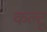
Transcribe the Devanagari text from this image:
कल्टू